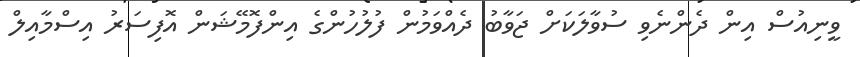
ވީނިއުސް އިން ދެންނެވި ސުވާލަކަށް ޖަވާބު ދެއްވަމުން ފުލުހުންގެ އިންފޮމޭޝަން އޮފިސަރު އިސްމާއިލް